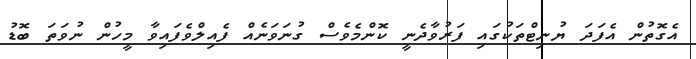
އެގޮތުން އެފަދަ ޔުނިޓްތަކުގައި ފަރުވާދެނީ ކޮންމެވެސް ގުނަވަނެއް ފެއިލްވެފައިވާ މީހުން ނުވަތަ ބޮޑު